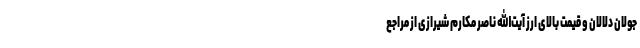
جولان دلالان و قیمت بالای ارز آیت‌الله ناصر مکارم شیرازی از مراجع